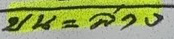
บน = ล่าง